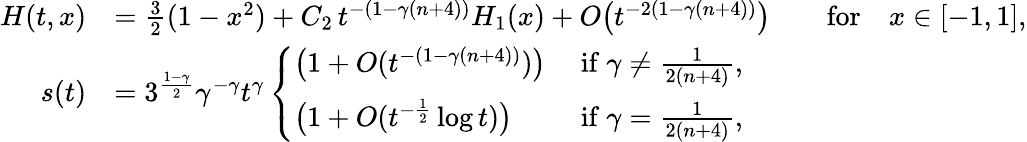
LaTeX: \begin{array}{rlrl}{H(t,x)}&{=\frac 32(1-x^{2})+C_{2}\, t^{-(1-\gamma(n+4))}H_{1}(x)+O\big(t^{-2(1-\gamma(n+4))}\big)}&&{\mathrm{for}\quad x\in[-1,1],}\\ {s(t)}&{=3^{\frac{1-\gamma}{2}}\gamma^{-\gamma}t^{\gamma}\left\{ \begin{array}{ll}{\big(1+O(t^{-(1-\gamma(n+4))})\big)}&{\mathrm{~if~}\gamma\ne\frac{1}{2(n+4)},}\\ {\big(1+O(t^{-\frac 12}\log t)\big)}&{\mathrm{~if~}\gamma=\frac{1}{2(n+4)},}\end{array}\right.}\end{array}